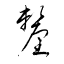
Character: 釐